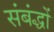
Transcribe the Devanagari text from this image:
संबंद्धों